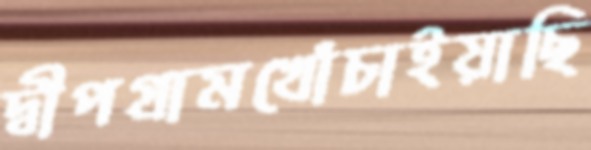
দ্বীপগ্রামখোঁচাইয়াছি